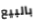
بالبيع